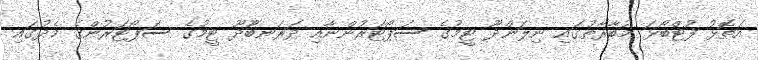
އަތޮޅު ފުޓްބޯޅަ މުބާރާތުގައި ނިލަންދޫ ޓީމުގެ ސަޕޯޓަރުންނާއި ދަރަނބޫދޫ ޓީމުގެ ސަޕޯޓަރުންގެ މެދުގައި